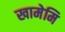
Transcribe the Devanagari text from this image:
खामेमि